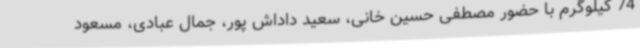
74 کیلوگرم با حضور مصطفی حسین خانی، سعید داداش پور، جمال عبادی، مسعود